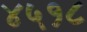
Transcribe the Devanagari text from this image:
४५१८